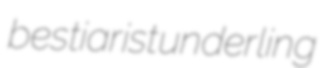
bestiarist underling